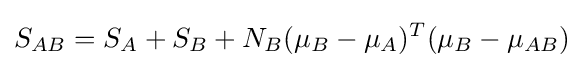
S_{AB}=S_{A}+S_{B}+N_{B}(\mu _{B}-\mu _{A})^{T}(\mu _{B}-\mu _{AB})